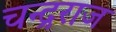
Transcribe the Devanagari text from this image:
चन्द्रराज